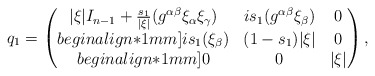
\begin{align*} q_1= \begin{pmatrix} |\xi|I_{n-1} + \frac{s_{1}}{|\xi|} (g^{\alpha\beta}\xi_\alpha\xi_\gamma) & i s_{1} (g^{\alpha\beta}\xi_\beta) & 0\\begin{align*}1mm] i s_{1} (\xi_\beta) & (1-s_{1})|\xi| & 0\\begin{align*}1mm] 0 & 0 & |\xi| \end{pmatrix}, \end{align*}